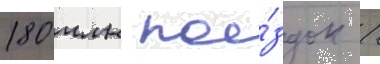
180 млн пое́здок /